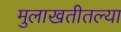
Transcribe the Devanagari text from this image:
मुलाखतीतल्या